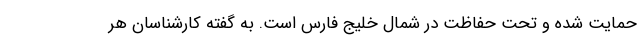
حمایت شده و تحت حفاظت در شمال خلیج فارس است. به گفته کارشناسان هر